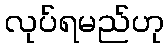
လုပ်ရမည်ဟု